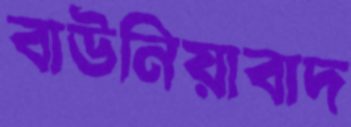
বাউনিয়াবাদ